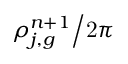
{ \rho _ { j , g } ^ { n + 1 } \mathord { \left/ { \vphantom { \rho _ { j , g } ^ { n + 1 } \mathrm { 2 } \pi } } \right. \kern - \nulldelimiterspace } \mathrm { 2 } \pi }